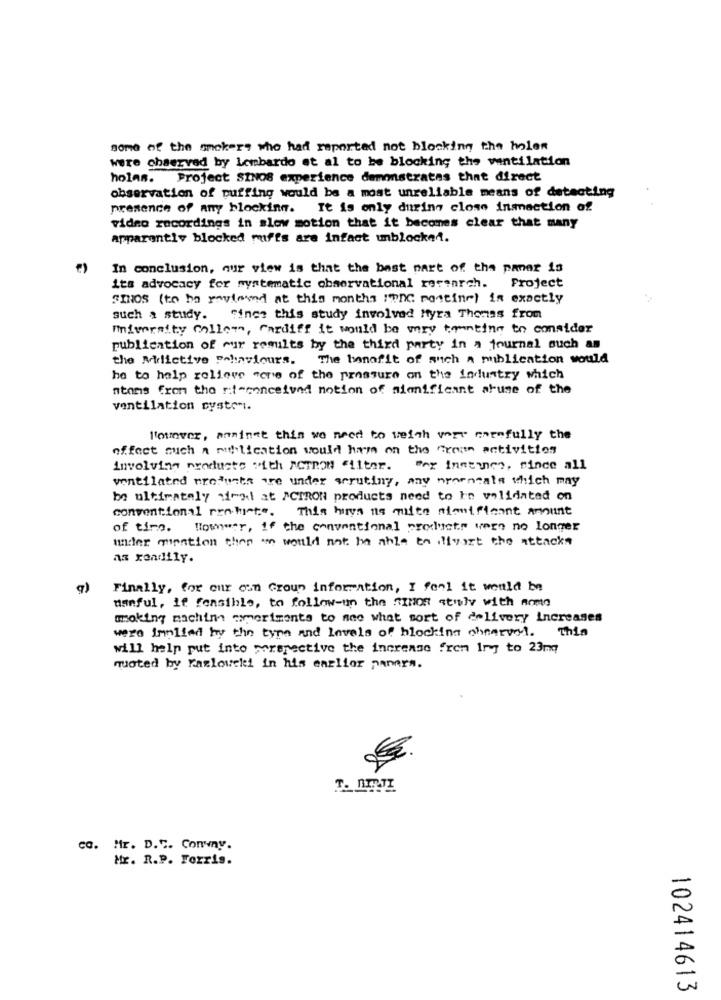
some of the mokers who had reported not blocking the holes
were chserved by Lombardo et al to be blocking the ventilation
holas. Project SINOS experience demonstrates that direct
observation of puffing would be a most unreliable means of detecting
presence of any blocking. It is only during close infection of
video recordings in slow motion that it becomes clear that many
apparently blocked miffs are infact unblocked.
In conclusion, qur view is that the best part of the paner is
its advocacy for systematic observational research. Project
SINOS (to ha yovievnd at this months I?n mostine) in exactly
such a study. Since this study involved Myra Thomas from
University Collem, Cardiff it would be may temnting to consider
publication of our results by the third party in a journal such as
the Mdlictive Pohaviours.
The bonafit of such a publication would
he to help relieve were of the pressure on the industry which
ntons from the rit-conceived notion of significant abuse of the
ventilation cystomt.
l'ounver, anninet thin we need to weigh very carefully the
effect such a mithlication would ham on the Cream activities
involving producto "ith ACTRON filter. "er instunico, rince all
ventilated products are under scrutiny, any nrorncats which may
be ultimately diral at /CTRON products need to in validated on
conventional restuste. This huys is quite sionificant amount
of time. Nowwar, if the conventional products were no longer
under question then ' would not be able to livost the attacks
az rondily.
q)
Finally, for our own Group information, I feel it would be
manful, if fonsible, to follow-up the times auly with nome
smoking machine ameriments to see what sort of delivery increases
were implied by the type and levels of blocking chnervel. This
will help put into perspective the increase fren Iry to 23mq
quoted by razlowell in his earlier parara.
co. Mr. D.C. Conny.
Mr. R.P. Forris.
102414613